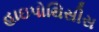
હાઇપોથિસીસ